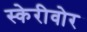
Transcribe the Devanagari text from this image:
स्केरीवोर